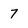
Character: 7